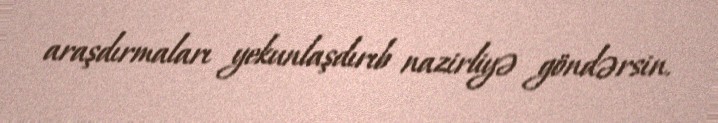
araşdırmaları yekunlaşdırıb nazirliyə göndərsin.